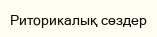
Риторикалық сөздер